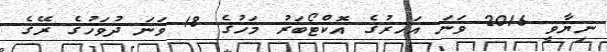
ނިޔާވީ 2016 ވަނަ އަހރުގެ އޮކްޓޯބަރު މަހުގެ 18 ވަނަ ދުވަހުގެ ރޭގެ